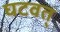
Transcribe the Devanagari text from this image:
घटवत्